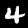
Digit: 4